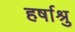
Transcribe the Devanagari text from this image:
हर्षाश्रु